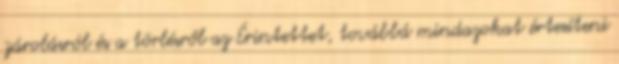
zárolásról és a törlésről az Érintettet, továbbá mindazokat értesíteni